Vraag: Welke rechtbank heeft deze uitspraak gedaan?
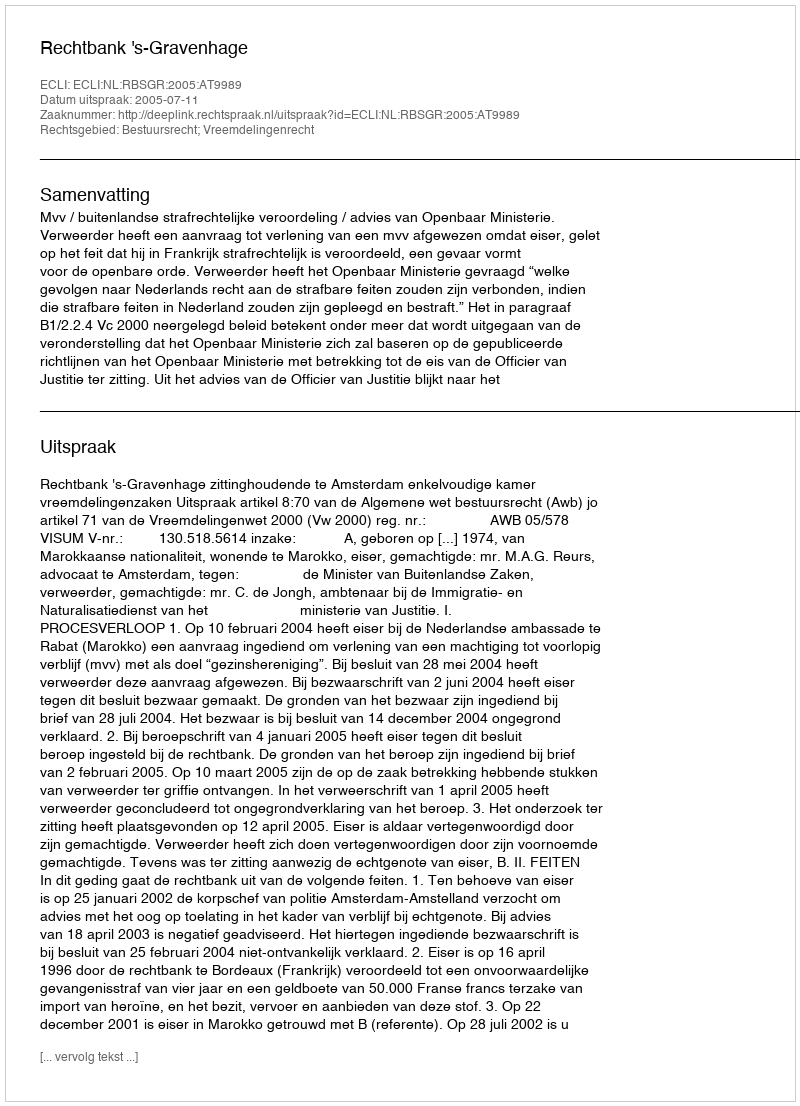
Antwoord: Rechtbank 's-Gravenhage